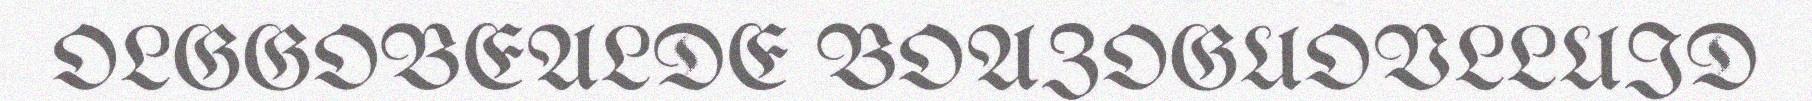
OLGGOBEALDE BOAZOGUOVLLUID